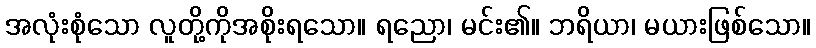
အလုံးစုံသော လူတို့ကိုအစိုးရသော။ ရညော၊ မင်း၏။ ဘရိယာ၊ မယားဖြစ်သော။